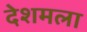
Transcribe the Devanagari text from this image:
देशमला